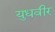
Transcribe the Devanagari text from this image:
युधवीर